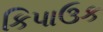
કિપાઉક